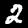
Label: 2